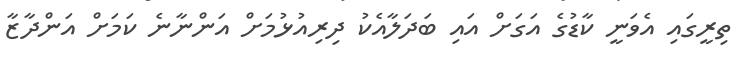
ތިރީގައި އެވަނީ ކާޑުގެ އަގަށް އައި ބަދަލާއެކު ދިރިއުޅުމަށް އަންނާނެ ކަމަށް އަންދާޒާ